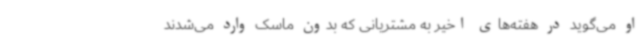
او می‌گوید در هفته‌های اخیر به مشتریانی که بدون ماسک وارد می‌شدند